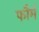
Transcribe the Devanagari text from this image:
फौर्म